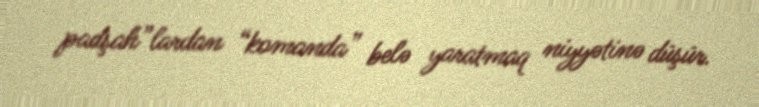
padşah”lardan “komanda” belə yaratmaq niyyətinə düşür.